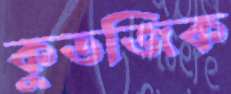
কুতজিক